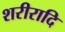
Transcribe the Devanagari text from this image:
शरीरादि